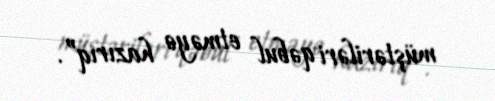
müştəriləri qəbul etməyə hazırıq”.